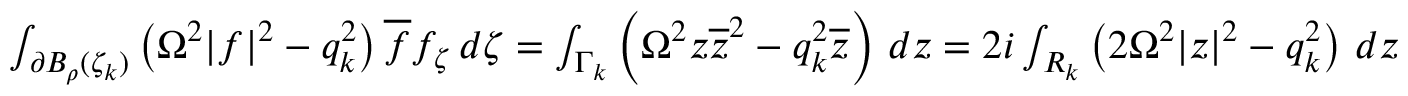
\begin{array} { r } { \int _ { \partial B _ { \rho } ( \zeta _ { k } ) } \left( \Omega ^ { 2 } | f | ^ { 2 } - q _ { k } ^ { 2 } \right) \overline { f } f _ { \zeta } \, d \zeta = \int _ { \Gamma _ { k } } \left( \Omega ^ { 2 } z \overline { z } ^ { 2 } - q _ { k } ^ { 2 } \overline { z } \right) \, d z = 2 i \int _ { R _ { k } } \left( 2 \Omega ^ { 2 } | z | ^ { 2 } - q _ { k } ^ { 2 } \right) \, d z } \end{array}